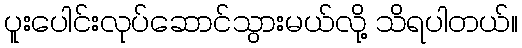
ပူးပေါင်းလုပ်ဆောင်သွားမယ်လို့ သိရပါတယ်။